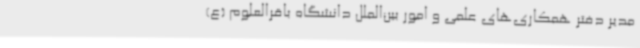
مدیر دفتر همکاری‌های علمی و امور بین‌الملل دانشگاه باقرالعلوم (ع)